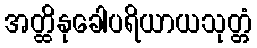
အတ္ထိနုခေါပရိယာယသုတ္တံ